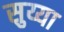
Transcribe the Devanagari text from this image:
सुय्या